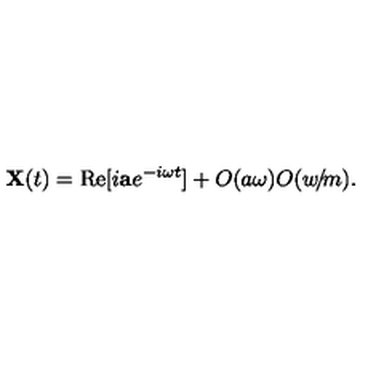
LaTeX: { \bf X } ( t ) = \mathrm { R e } [ i { \bf a } e ^ { - i \omega t } ] + O ( a \omega ) O ( w \! / \! m ) .